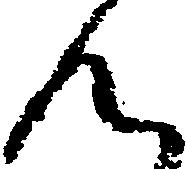
ん